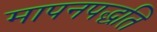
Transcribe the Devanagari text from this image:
मापनपद्धति